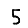
Digit: 5